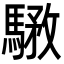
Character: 𩤝